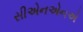
સીએનએનએ